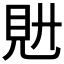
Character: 𧠌